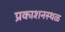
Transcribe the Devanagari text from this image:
प्रकाशनस्थळ